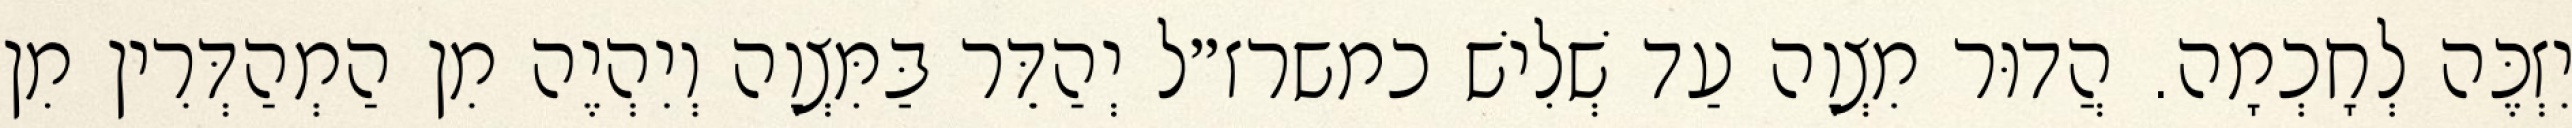
יִזְכֶּה לְחָכְמָה. הֲדוּר מִצְוָה עַד שְׁלִישׁ כמשרז״ל יְהַדֵּר בַּמִּצְוָה וְיִהְיֶה מִן הַמְהַדְּרִין מִן